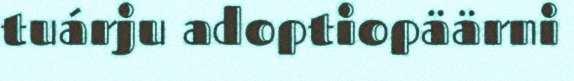
tuárju adoptiopäärni